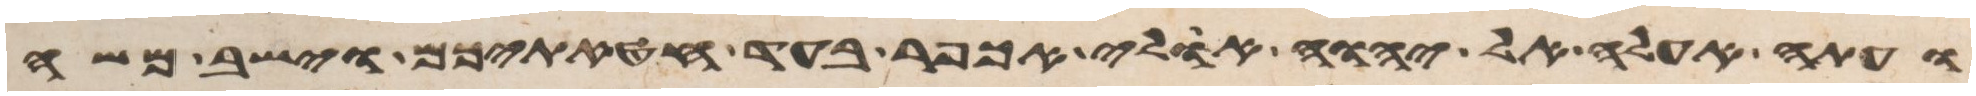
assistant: ועתה אעלה אל יהוה אולי אכפר בעד חטאתיכם וישב משה